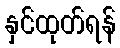
နှင်ထုတ်ရန်